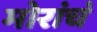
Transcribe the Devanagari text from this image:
मोरांचं